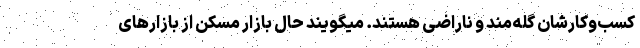
کسب‌وکارشان گله‌مند و ناراضی هستند. میگویند حال بازار مسکن از بازارهای